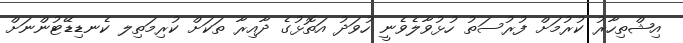
އިޝްތިހާރު ކުރުމަށް ފުރުސަތު ހުޅުވާލެވެނީ ހުވަދު އަތޮޅުގެ ދާއިރާ ތަކަށް ކުރިމަތިލ ކެނޑިޑޭޓުންނަށް